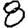
Digit: 8